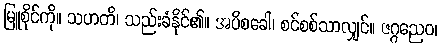
မြူစိုင်ကို။ သဟတိ၊ သည်းခံနိုင်၏။ အပိစခေါ၊ စင်စစ်သာလျှင်။ ဇဂ္ဂညေဝ၊